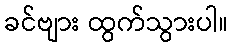
ခင်ဗျား ထွက်သွားပါ။